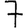
Digit: 7